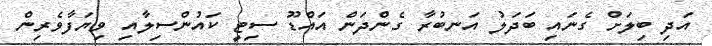
އަދި ބިލަށް ގެނައި ބަދަލު އަނބުރާ ގެންދަން އައްޑޫ ސިޓީ ކައުންސިލާއި ވިޔަފާވެރިން